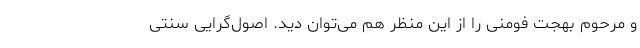
و مرحوم بهجت فومنی را از این منظر هم می‌توان دید. اصول‌گرایی سنتی